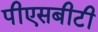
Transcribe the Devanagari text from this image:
पीएसबीटी